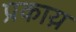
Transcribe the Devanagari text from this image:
प्रकाय़